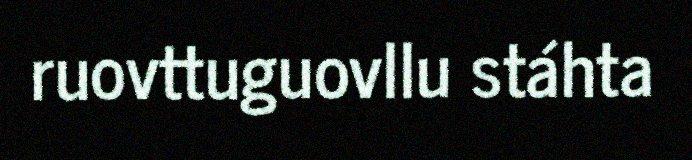
ruovttuguovllu stáhta